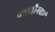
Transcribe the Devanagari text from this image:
प्लातौनवादी